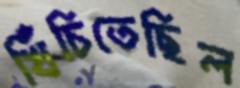
খিঁচিতেছিল